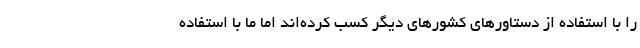
را با استفاده از دستاورهای کشورهای دیگر کسب کرده‌اند اما ما با استفاده